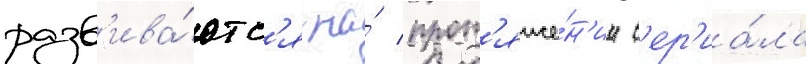
разв'ива́ютс'я на́ прот'яже́н'ии с'ер'иа́ла